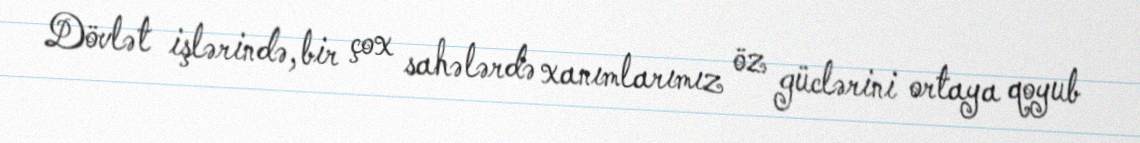
Dövlət işlərində, bir çox sahələrdə xanımlarımız öz güclərini ortaya qoyub